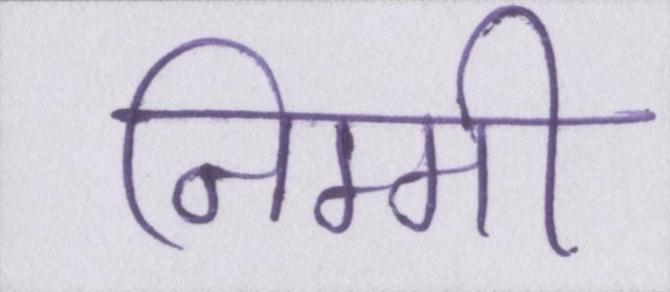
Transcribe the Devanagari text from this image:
निम्मी